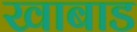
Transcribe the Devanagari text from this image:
खाबाड